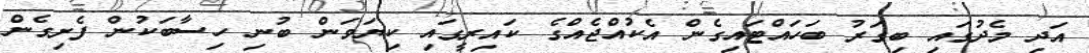
އަދި މެދުގައި ބިގަރު ބަހައްޓައިގެން އެކުއްޖެއްގެ ކައިރީގައި ކިޔަވަން ބުނި ހިސާބަކުން ފެށިގެން